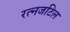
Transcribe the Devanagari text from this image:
रत्नजटिल